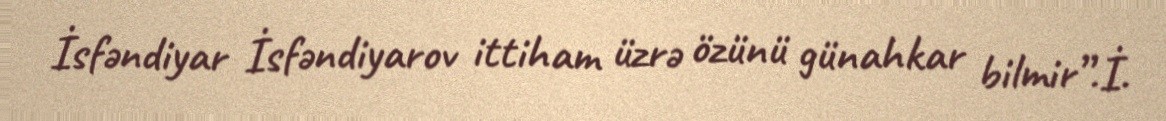
İsfəndiyar İsfəndiyarov ittiham üzrə özünü günahkar bilmir”.İ.